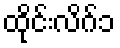
ထိုင်းလိဂ်၁